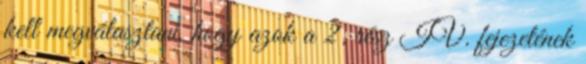
kell megválasztani, hogy azok a 2. rész IV. fejezetének